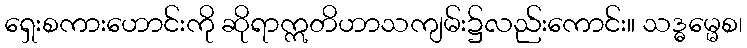
ရှေးစကားဟောင်းကို ဆိုရာဣတိဟာသကျမ်း၌လည်းကောင်း။ သဒ္ဓမ္မေစ၊